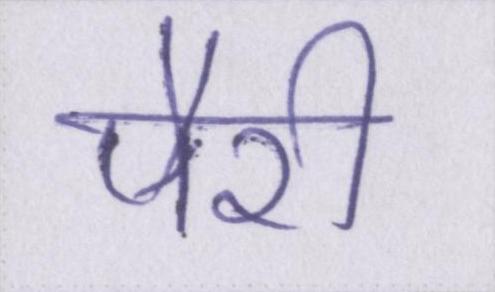
पैरी